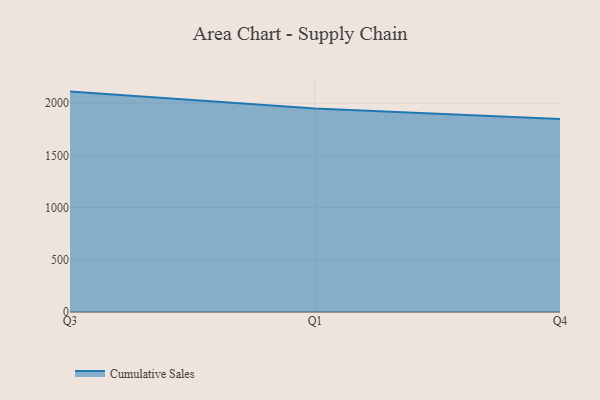
{"axis": {"x": "Quarter", "y": "Backlog"}, "legend": ["Cumulative Sales"], "data": [{"x": "Q3", "y": 2109.9, "type": "Cumulative Sales"}, {"x": "Q1", "y": 1949.3, "type": "Cumulative Sales"}, {"x": "Q4", "y": 1847.5, "type": "Cumulative Sales"}]}